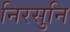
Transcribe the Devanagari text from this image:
निरसुनि